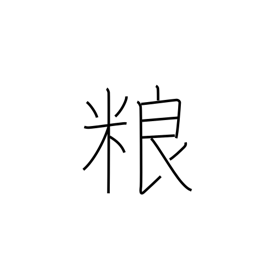
Meaning: food